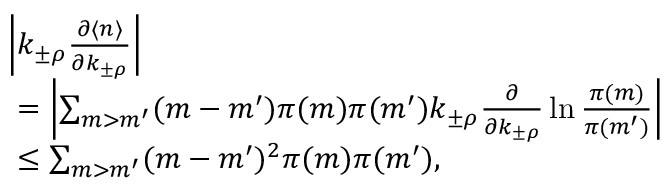
\begin{array} { r l } & { \left| k _ { \pm \rho } \frac { \partial \langle n \rangle } { \partial k _ { \pm \rho } } \right| } \\ & { \ = \left| \sum _ { m > m ^ { \prime } } ( m - m ^ { \prime } ) \pi ( m ) \pi ( m ^ { \prime } ) k _ { \pm \rho } \frac { \partial } { \partial k _ { \pm \rho } } \ln \frac { \pi ( m ) } { \pi ( m ^ { \prime } ) } \right| } \\ & { \ \le \sum _ { m > m ^ { \prime } } ( m - m ^ { \prime } ) ^ { 2 } \pi ( m ) \pi ( m ^ { \prime } ) , } \end{array}